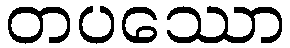
တပဿော